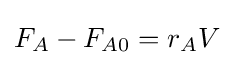
F_{A}-F_{A0}=r_{A}V